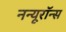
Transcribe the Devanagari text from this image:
नन्यूरॉन्स